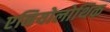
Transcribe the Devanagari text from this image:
एनियोलोथिक